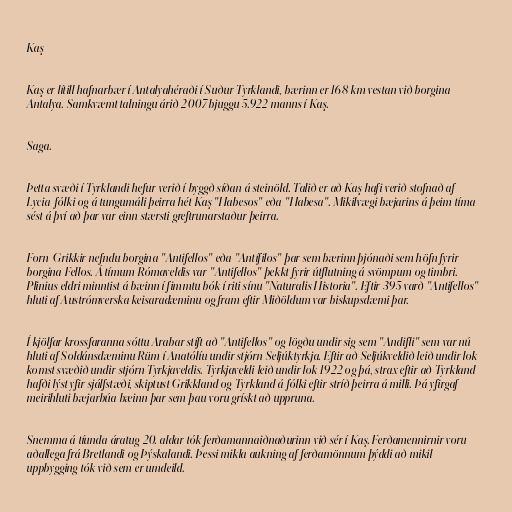
Kaş

Kaş er lítill hafnarbær í Antalyahéraði í Suður-Tyrklandi, bærinn er 168 km vestan við borgina
Antalya. Samkvæmt talningu árið 2007 bjuggu 5.922 manns í Kaş.

Saga.

Þetta svæði í Tyrklandi hefur verið í byggð síðan á steinöld. Talið er að Kaş hafi verið stofnað af
Lycia-fólki og á tungumáli þeirra hét Kaş "Habesos" eða "Habesa". Mikilvægi bæjarins á þeim tíma
sést á því að þar var einn stærsti greftrunarstaður þeirra.

Forn-Grikkir nefndu borgina "Antifellos" eða "Antífilos" þar sem bærinn þjónaði sem höfn fyrir
borgina Fellos. Á tímum Rómaveldis var "Antifellos" þekkt fyrir útflutning á svömpum og timbri.
Plinius eldri minntist á bæinn í fimmtu bók í riti sínu "Naturalis Historia". Eftir 395 varð "Antifellos"
hluti af Austrómverska keisaradæminu og fram eftir Miðöldum var biskupsdæmi þar.

Í kjölfar krossfaranna sóttu Arabar stíft að "Antifellos" og lögðu undir sig sem "Andifli" sem var nú
hluti af Soldánsdæminu Rüm í Anatólíu undir stjórn Seljúktyrkja. Eftir að Seljúkveldið leið undir lok
komst svæðið undir stjórn Tyrkjaveldis. Tyrkjaveldi leið undir lok 1922 og þá, strax eftir að Tyrkland
hafði lýst yfir sjálfstæði, skiptust Grikkland og Tyrkland á fólki eftir stríð þeirra á milli. Þá yfirgaf
meirihluti bæjarbúa bæinn þar sem þau voru grískt að uppruna.

Snemma á tíunda áratug 20. aldar tók ferðamannaiðnaðurinn við sér í Kaş. Ferðamennirnir voru
aðallega frá Bretlandi og Þýskalandi. Þessi mikla aukning af ferðamönnum þýddi að mikil
uppbygging tók við sem er umdeild.